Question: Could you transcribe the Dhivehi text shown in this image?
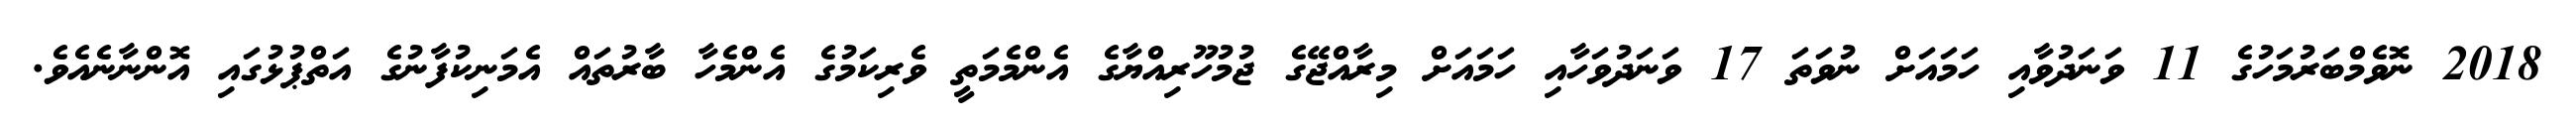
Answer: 2018 ނޮވެމްބަރުމަހުގެ 11 ވަނަދުވާއި ހަމައަށް ނުވަތަ 17 ވަނަދުވަހާއި ހަމައަށް މިރާއްޖޭގެ ޖުމުހޫރިއްޔާގެ އެންމެމަތީ ވެރިކަމުގެ އެންމެހާ ބާރުތައް އެމަނިކުފާނުގެ އަތްޕުޅުގައި އޮންނާނެއެވެ.